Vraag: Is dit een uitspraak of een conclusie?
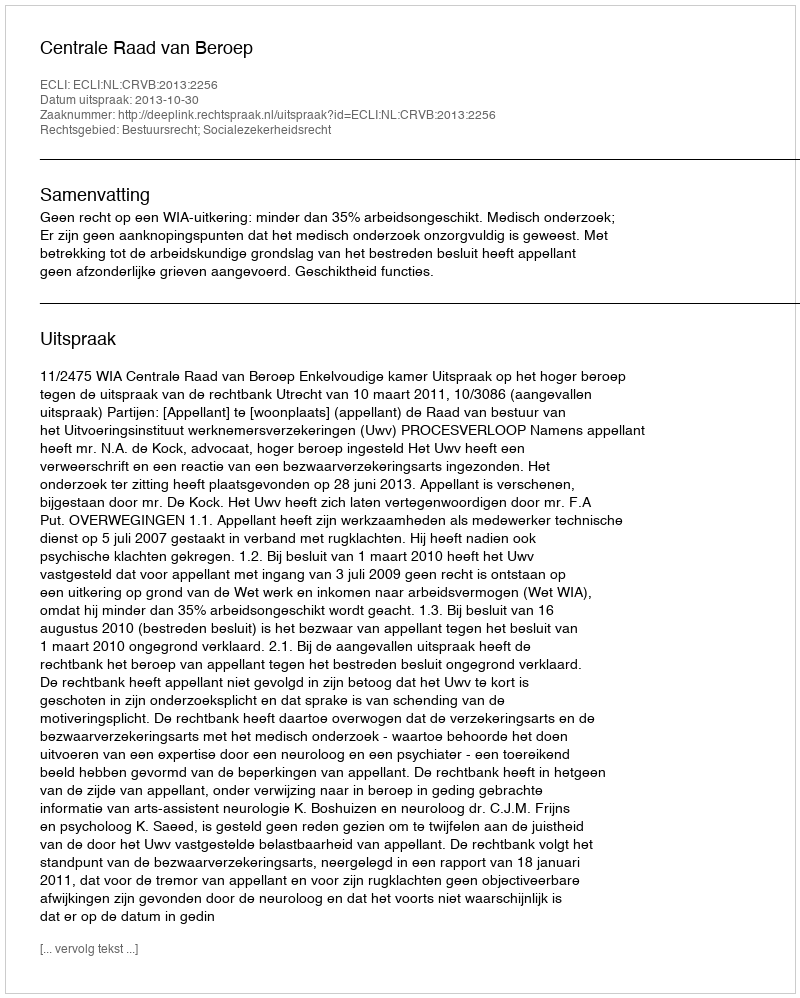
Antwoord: Uitspraak